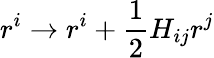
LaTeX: r^{i}\rightarrow r^{i}+{\frac{1}{2}}H_{ij}r^{j}